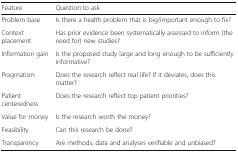
| Feature | Question to ask |
 | --- | --- |
 | Problem base | Is there a health problem that is big/important enough to fix? |
 | Context placement | Has prior evidence been systematically assessed to inform (the need for) new studies? |
 | Information gain | Is the proposed study large and long enough to be sufficiently informative? |
 | Pragmatism | Does the research reflect real life? If it deviates, does this matter? |
 | Patient centeredness | Does the research reflect top patient priorities? |
 | Value for money | Is the research worth the money? |
 | Feasibility | Can this research be done? |
 | Transparency | Are methods, data and analyses verifiable and unbiased? |